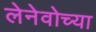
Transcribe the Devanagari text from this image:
लेनेवोच्या